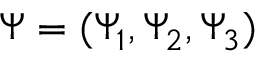
\Psi = ( \Psi _ { 1 } , \Psi _ { 2 } , \Psi _ { 3 } )